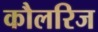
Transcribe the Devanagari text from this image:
कौलरिज